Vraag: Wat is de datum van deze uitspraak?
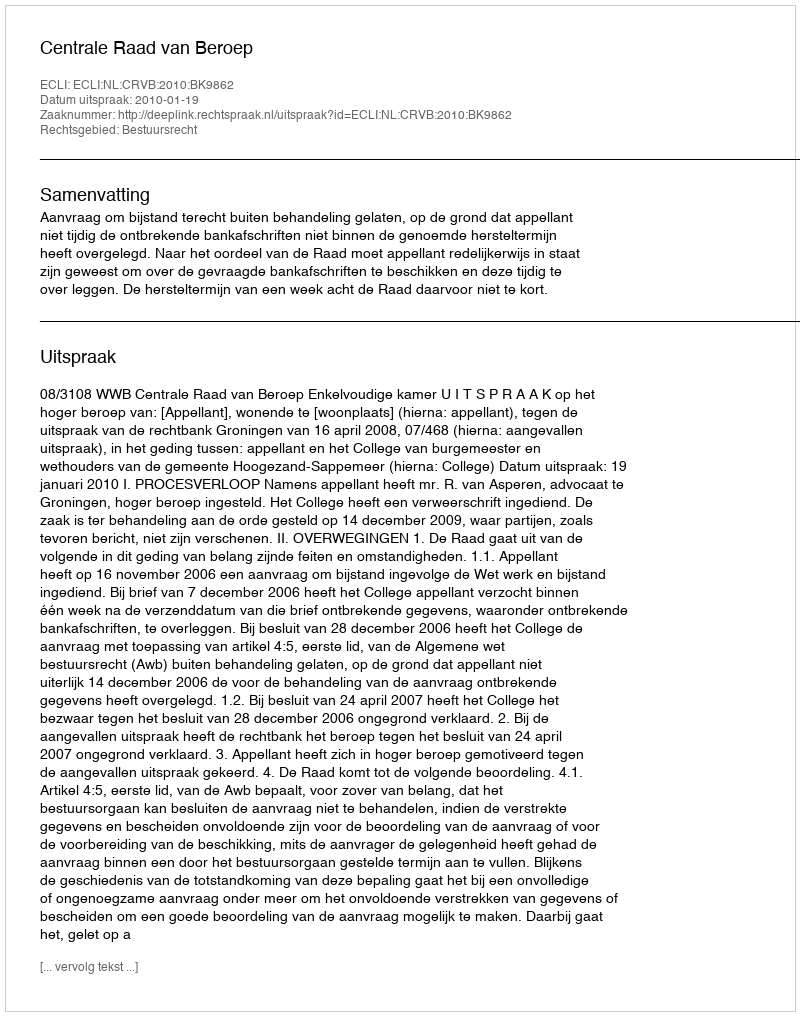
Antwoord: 2010-01-19